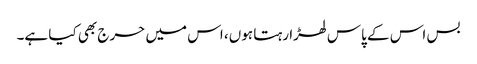
بس اس کے پاس لھڑا رہتا ہوں، اس میں حرج بھی کیا ہے۔